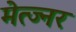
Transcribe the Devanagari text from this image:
मेत्ज्नर